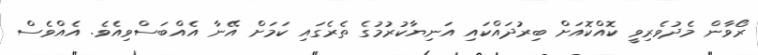
ރޯވާން މެދުވެރިވީ ކޮއްކޮއަށް ބިރުދައްކައި އަަނިޔާކުރުމުގެ ތެރެގައި ކަމަށް އޭނާ އެއްބަސްވިއެވެ. އެއްވެސް